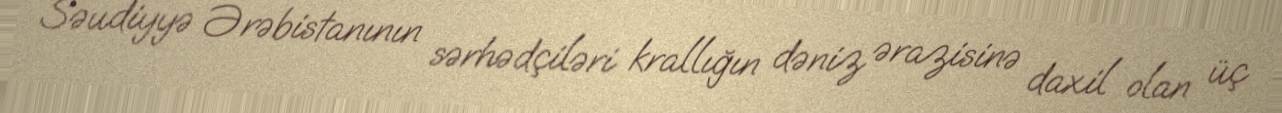
Səudiyyə Ərəbistanının sərhədçiləri krallığın dəniz ərazisinə daxil olan üç